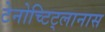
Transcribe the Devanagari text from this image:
टेनोच्टिट्लानास